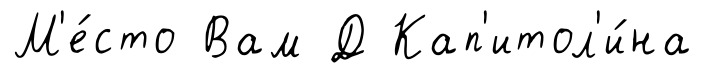
М'е́сто Вам Д Кап'итол'и́на